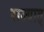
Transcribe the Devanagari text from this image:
राज्यात्